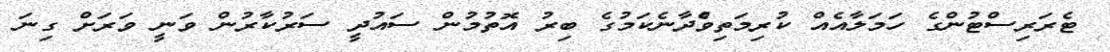
ޓެރަރިސްޓުންގެ ހަމަލާއެއް ކުރިމަތިވްެދާނެކަމުގެ ބިރު އޮތުމުން ސައުދީ ސަރުކާރުން ވަނީ ވަރަށް ގިނަ